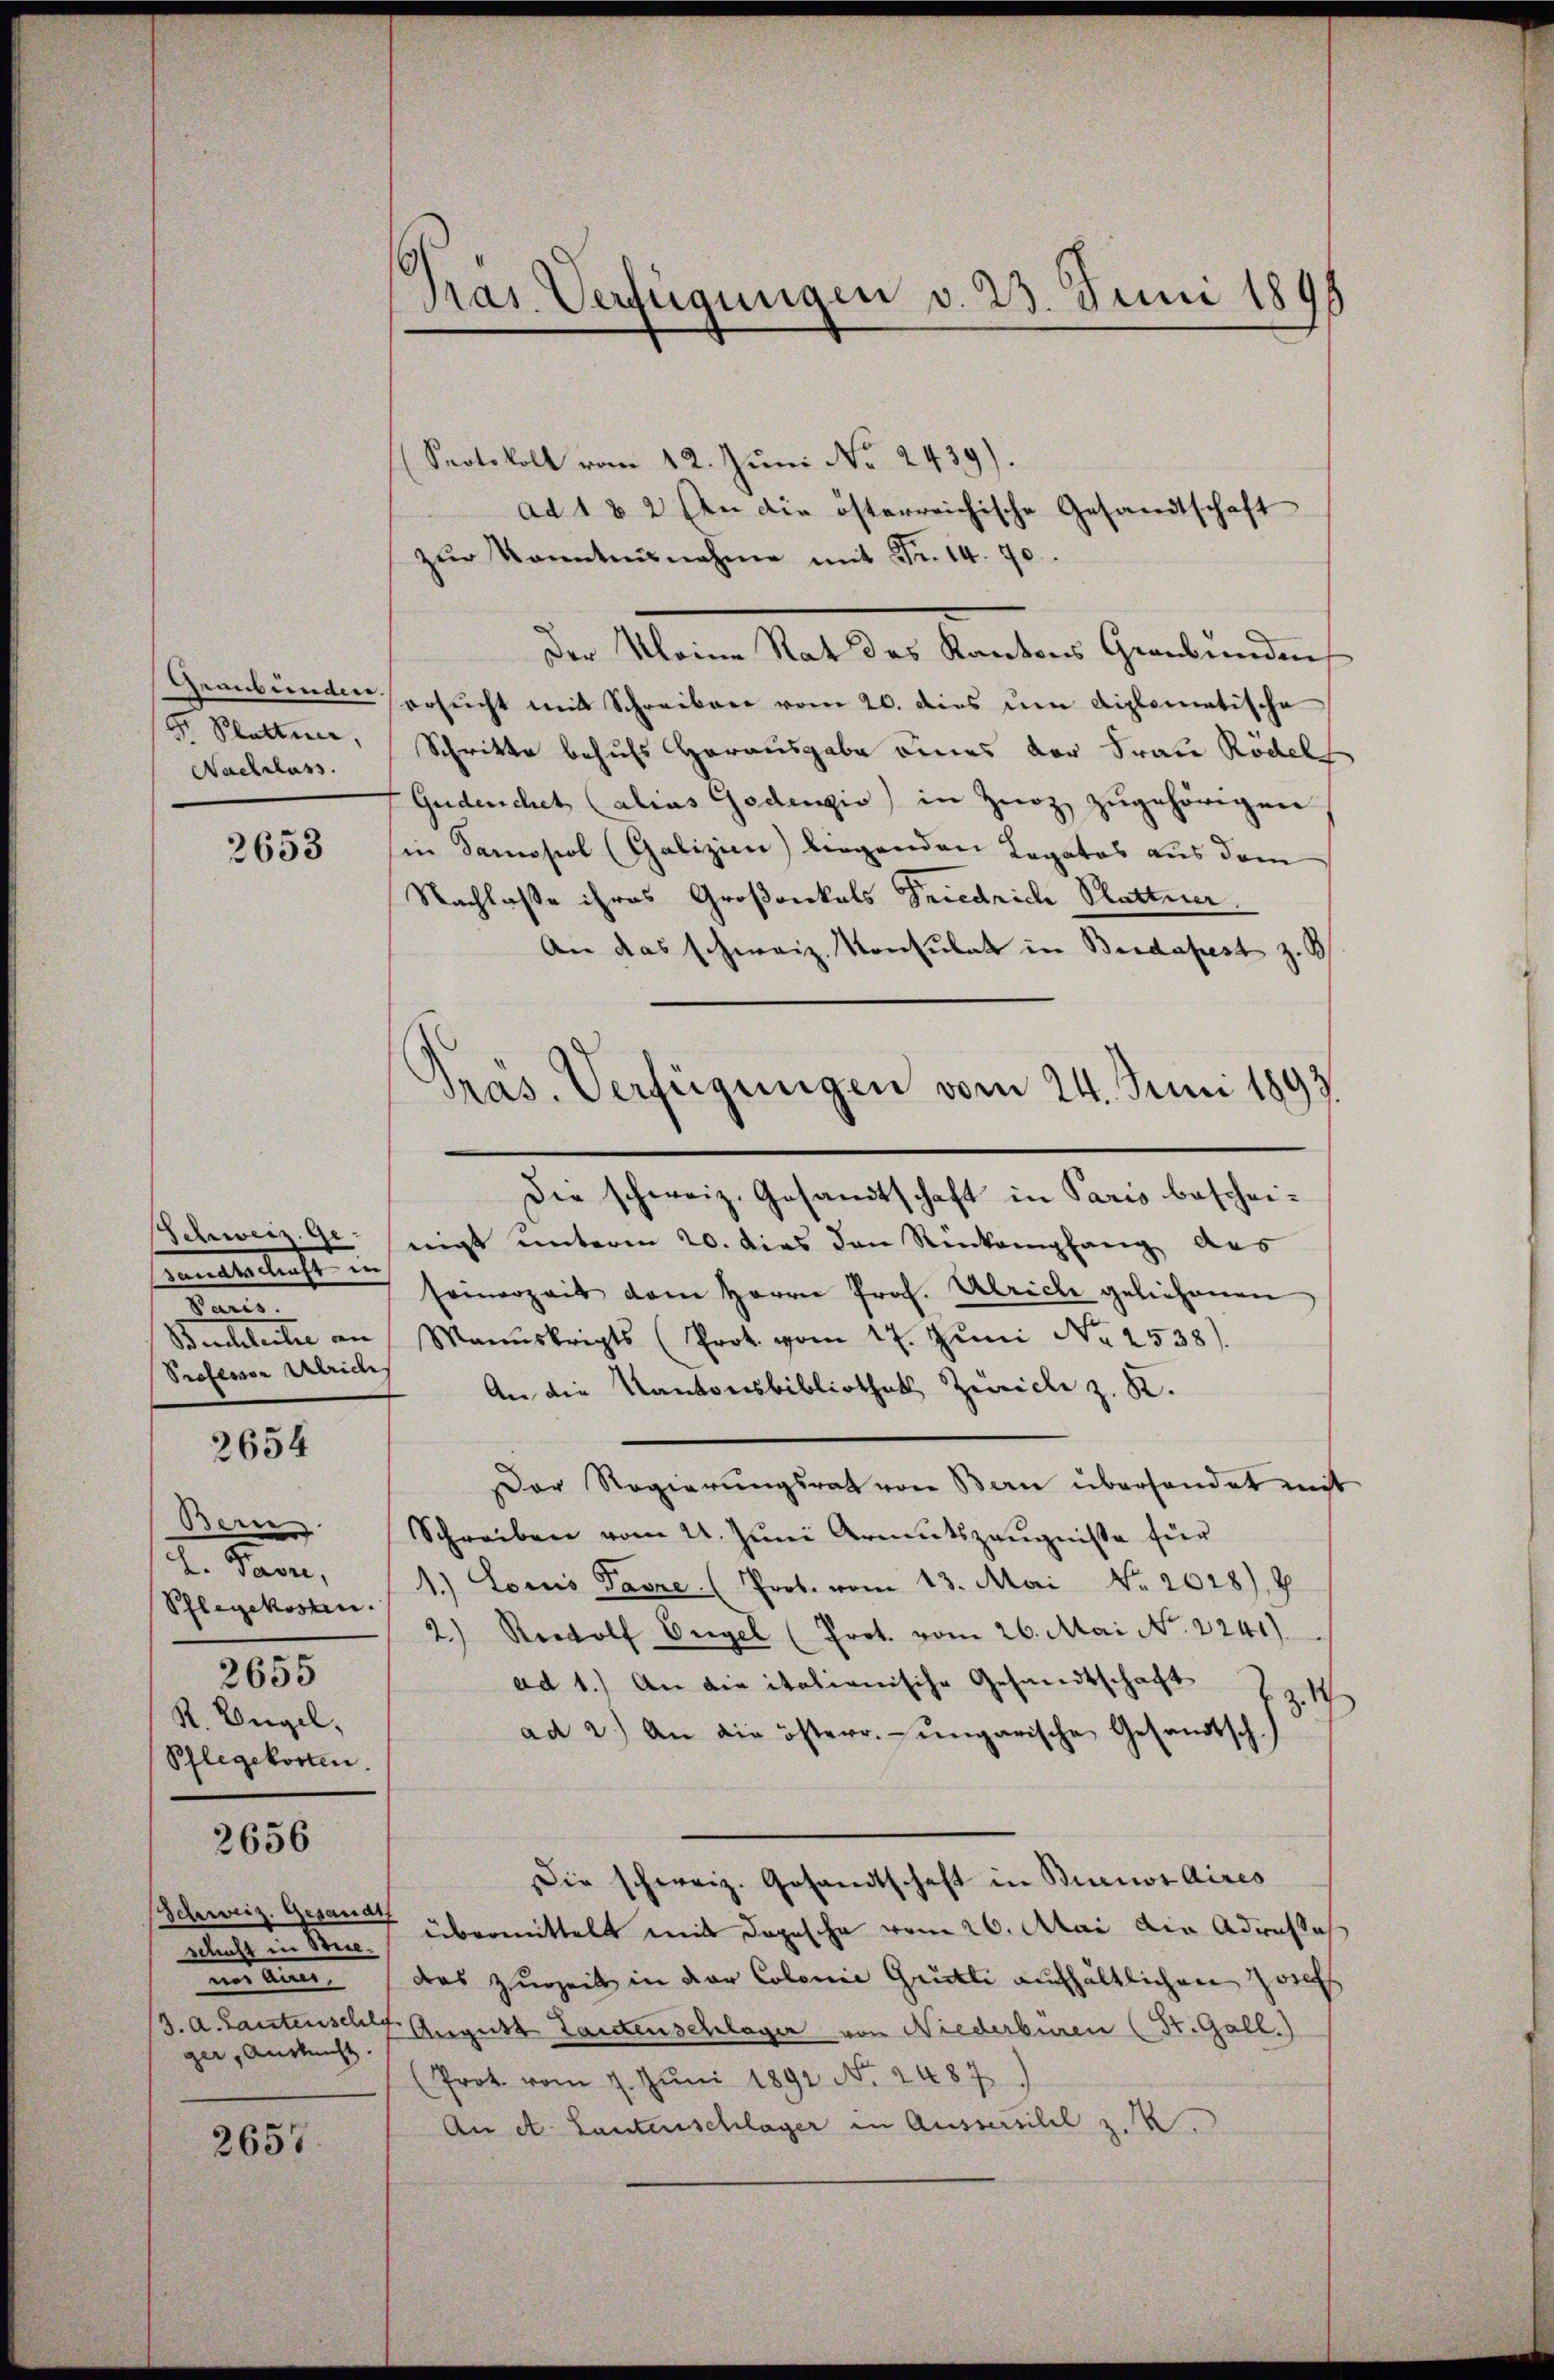
Gr. Plattner,
Nachlass.

2653

enmaterbrecht ein
kan
Professor Ulriche

2654

Bern
L. Paur,
Phlegekosten.
2655
R. Angel,
Pflegekosten.

2656

schaft in Brie
mit ein
ger, Ansicht.

2657

Pras Verfügungen v. 23. Juni 1895

Protokoll vom 12. Juni No 2439).
ad 1 & 2 an die österreichische Gesandtschaft
zŭr kanntnisnahme mit Fr. 14. 70.
Der Kleine Rat des Kantons Graubünden
Graubünden ersŭcht mit Schreiben vom 20. dies um diplomatische
Schritte behufs Herausgabe eines der Frau Rödel
Guderchet (alins Gedengio) in Zuoz zugehörigen
in Samosol (Galizien) liegenden Legatos aus dem
Nachlaße ihres Großonkals Friedrich Statte.
An das schweiz. Konsulat in Budapest z. B.
Die schweiz. Gesandtschaft in Paris beschei¬
Schweiz. Ge zeigt unterm 20. dies den Rückempfang aus
seinerzeit dem Herrn Prof. Ulrich geliehenen
Buchleihe an Manuskripts (Prot. vom 17. Juni No 2538)
An die Kantonsbibliothek, Zürich z. K.
Der Regierungsrat von Bern überhandet mit
Schreiben vom 21. Juni Armutszeugnisse für
1.) Louis Favre (Prot. vom 13. Mai Nr. 2028). G
2) Rewolf Engel (Prot. vom 26. Mai No. 2241).
ad 1.) An die italienische Gesandtschaft Z. Z. 1
ad 2.) An die österr.-ungarische Gesandtsch.)
Die schweiz. Gesandtschaft in Buenos Aires
Schweiz. Gesamt übermittelt mit dopesche vom 26. Mai die Adresses
das Zugeit in der Colonie Grütli aufhältlichen Zeichs
J. A. Lautenschl August Lautenschlager von Niederbüren (St. Gall.)
(Prot. vom 7. Jŭni 1891 No. 2487)
An A. Lautenschlager in Aussersihl z. B.

.
r
ras. Verfügungen vom 24. Juni 1893.